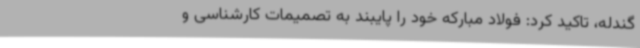
گندله، تاکید کرد: فولاد مبارکه خود را پایبند به تصمیمات کارشناسی و